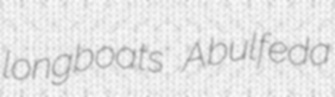
longboats Abulfeda